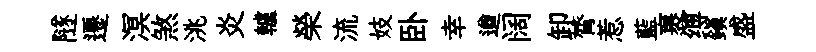
隧遷溟煞洮炎轤榮流妓卧幸遒阔卸膂惹藍裹缚鎭盛